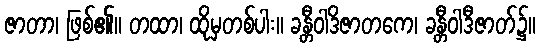
ဇာတာ၊ ဖြစ်၏။ တထာ၊ ထိုမှတစ်ပါး။ ခန္တီဝါဒိဇာတကေ၊ ခန္တီဝါဒီဇာတ်၌။